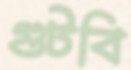
গুটবি